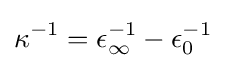
\kappa ^{-1}={\epsilon }_{\infty }^{-1}-{\epsilon }_{0}^{-1}